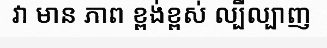
វា មាន ភាព ខ្ពង់ខ្ពស់ ល្បីល្បាញ